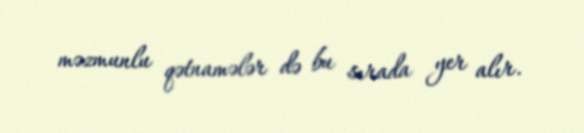
məzmunlu qətnamələr də bu sırada yer alır.